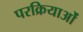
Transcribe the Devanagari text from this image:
परक्रियाओं